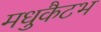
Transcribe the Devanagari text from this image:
मधुकैटभ